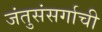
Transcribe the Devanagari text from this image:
जंतुसंसर्गाची